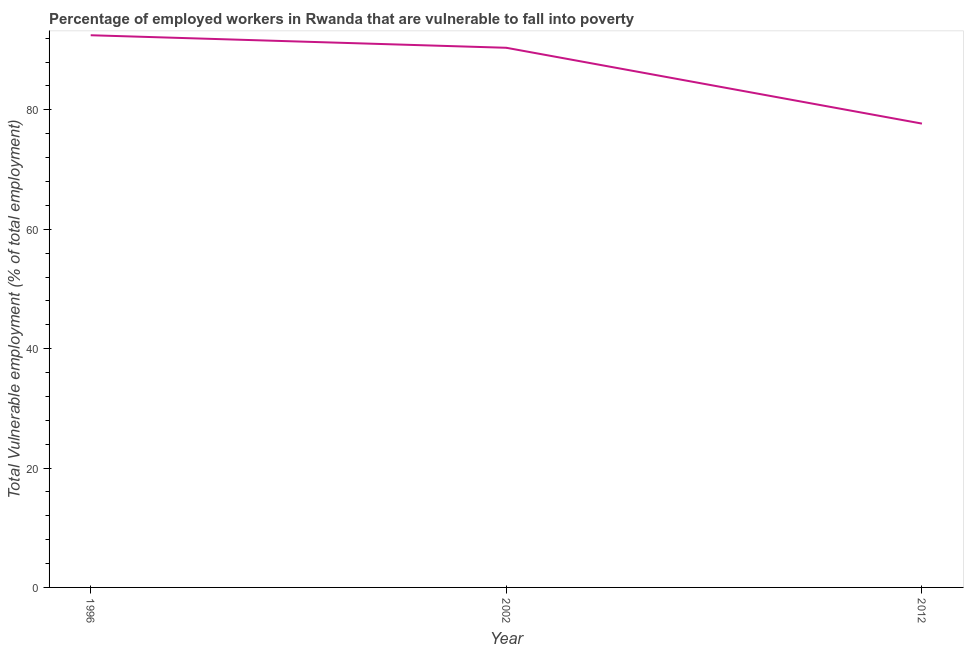
| Year | Vulnerable employment |
 | --- | --- |
 | 1996 | 92.5 |
 | 2002 | 90.4 |
 | 2012 | 77.7 |